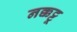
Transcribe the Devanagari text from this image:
नक्कट्टू